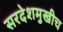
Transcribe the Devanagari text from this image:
सरदेशमुखीच